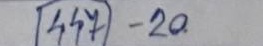
447 - 20